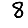
Digit: 8